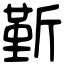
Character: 𣂷